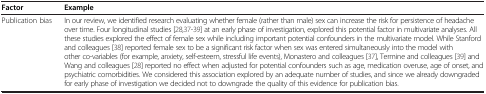
<table><thead><tr><td><b>Factor</b></td><td><b>Example</b></td></tr></thead><tbody><tr><td>Publication bias</td><td>In our review, we identified research evaluating whether female (rather than male) sex can increase the risk for persistence of headache over time. Four longitudinal studies [28,37-39] at an early phase of investigation, explored this potential factor in multivariate analyses. All these studies explored the effect of female sex while including important potential confounders in the multivariate model. While Stanford and colleagues [38] reported female sex to be a significant risk factor when sex was entered simultaneously into the model with other co-variables (for example, anxiety, self-esteem, stressful life events), Monastero and colleagues [37], Termine and colleagues [39] and Wang and colleagues [28] reported no effect when adjusted for potential confounders such as age, medication overuse, age of onset, and psychiatric comorbidities. We considered this association explored by an adequate number of studies, and since we already downgraded for early phase of investigation we decided not to downgrade the quality of this evidence for publication bias.</td></tr></tbody></table>